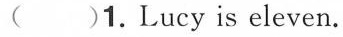
( )1.Lucy is eleven.